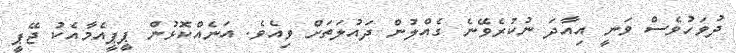
ދުވަހުވެސް ވަނީ އިއާދަ ނުކުރެވޭނެ ގެއްލުން ދައުލަތަށް ވިއެވެ. އަނެއްކޮޅުން ޕީޕީއެމާއެކު ޖޭޕީ